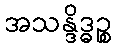
အသန္ဒိဒ္ဓဉ္စ